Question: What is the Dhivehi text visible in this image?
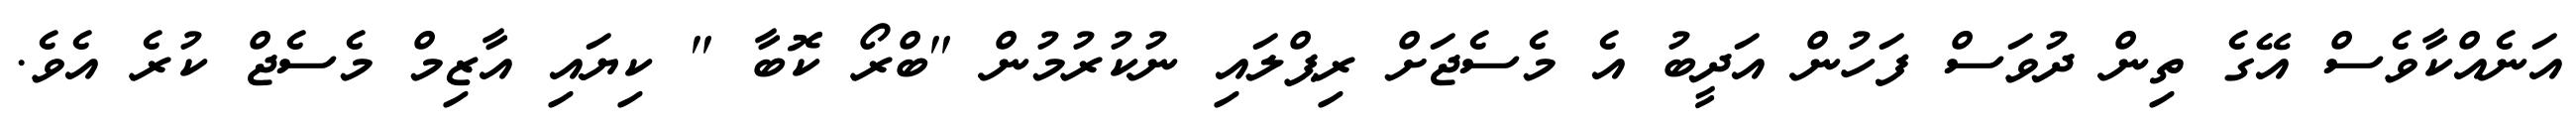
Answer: އަނެއްކާވެސް އޭގެ ތިން ދުވަސް ފަހުން އަދީބު އެ މެސެޖަށް ރިޕްލައި ނުކުރުމުން "ބްރޯ ކޮބާ " ކިޔައި އާޒިމް މެސެޖް ކުރެ އެވެ.